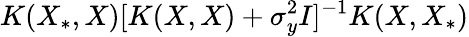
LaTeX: K(X_{*},X)[K(X,X)+\sigma_{y}^{2}I]^{-1}K(X,X_{*})